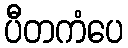
ပီတကံပေ